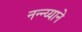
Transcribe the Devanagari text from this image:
नन्न्य्याने